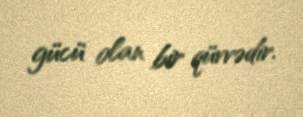
gücü olan bir qüvvədir.